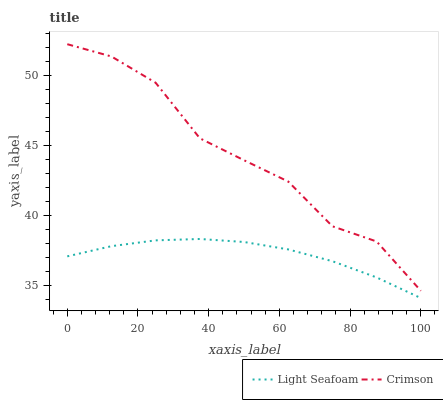
| xaxis_label | Light Seafoam | Crimson |
 | --- | --- | --- |
 | 0 | 37.1 | 52.2 |
 | 12.5 | 37.8 | 51.3 |
 | 25 | 38.2 | 49.5 |
 | 37.5 | 38.3 | 45.5 |
 | 50 | 38.1 | 43.9 |
 | 62.5 | 37.6 | 42.4 |
 | 75 | 36.7 | 39.2 |
 | 87.5 | 35.6 | 38.1 |
 | 100 | 34.1 | 34.6 |